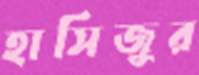
হাসিজুর